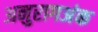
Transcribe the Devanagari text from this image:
अनुरागअंक